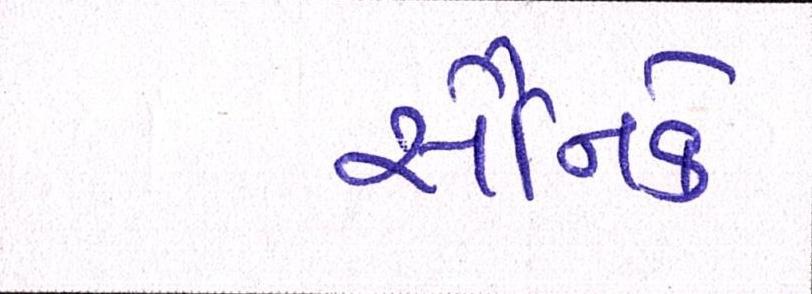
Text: સૈનિકે